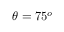
\theta = 7 5 ^ { o }